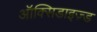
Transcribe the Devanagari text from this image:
ऑक्सिडाइज़्ड